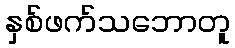
နှစ်ဖက်သဘောတူ